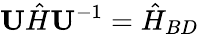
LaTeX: \mathbf{U}\hat{H}\mathbf{U}^{-1}=\hat{H}_{BD}